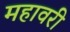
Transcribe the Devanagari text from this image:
महावरी